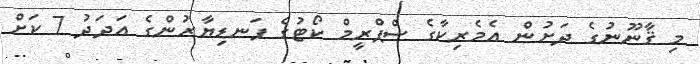
މި ޤާނޫނުގެ ދަށުން އެމެރިކާގެ ސްޕްރީމް ކޯޓުގެ ފަނޑިޔާރުންގެ އަދަދު 7 ކަށް